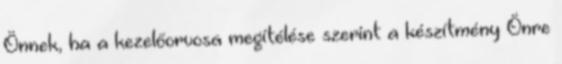
Önnek, ha a kezelőorvosa megítélése szerint a készítmény Önre